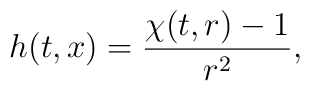
h(t,x)=\frac{\chi (t,r)-1}{r^{2}} ,